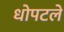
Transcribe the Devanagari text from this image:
धोपटले